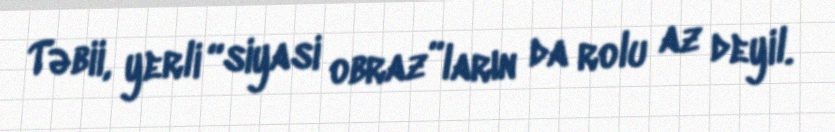
Təbii, yerli “siyasi obraz”ların da rolu az deyil.